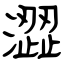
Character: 澀